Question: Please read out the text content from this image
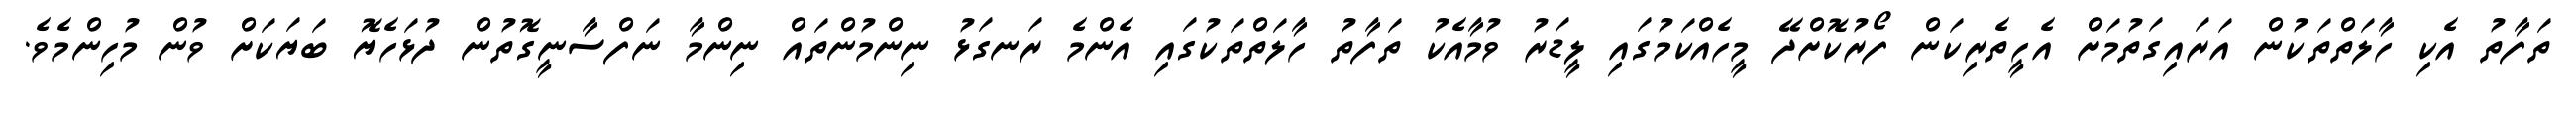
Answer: ތަފާތު އެކި ހާލަތްތަކުން އަރައިގަތުމަށް އެހީތެރިކަން ފޯރުކޮށްދޭ މީހެއްކަމުގައި ލީޑަރު ވުމާއެކު ތަފާތު ހާލަތްތަކުގައި އެންމެ ރަނގަޅު ނިންމުންތައް ނިންމާ ނަފްސާނީގޮތުން ދުޅަހެޔޮ ބަޔަކަށް ވުން މުހިންމެވެ.